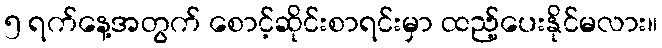
၅ ရက်နေ့အတွက် စောင့်ဆိုင်းစာရင်းမှာ ထည့်ပေးနိုင်မလား။